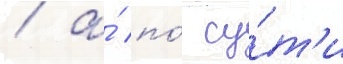
/ а́ по́ су́т'и